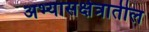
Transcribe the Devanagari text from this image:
अभ्यासक्षेत्रातील